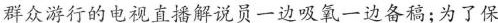
群众游行的电视直播解说员一边吸氧一边备稿；为了保